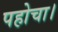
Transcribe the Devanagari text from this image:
पहोचा।